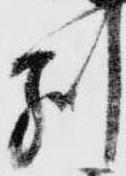
別